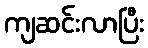
ကျဆင်းလာပြီး